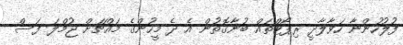
ފުލުހުންނާ ހަވާލާދީ ރިޕޯޓްތައް ބުނާގޮތުން އެ ދެ މީހުންގެ މައްޗަށް ޖުމްލަ ފަސް